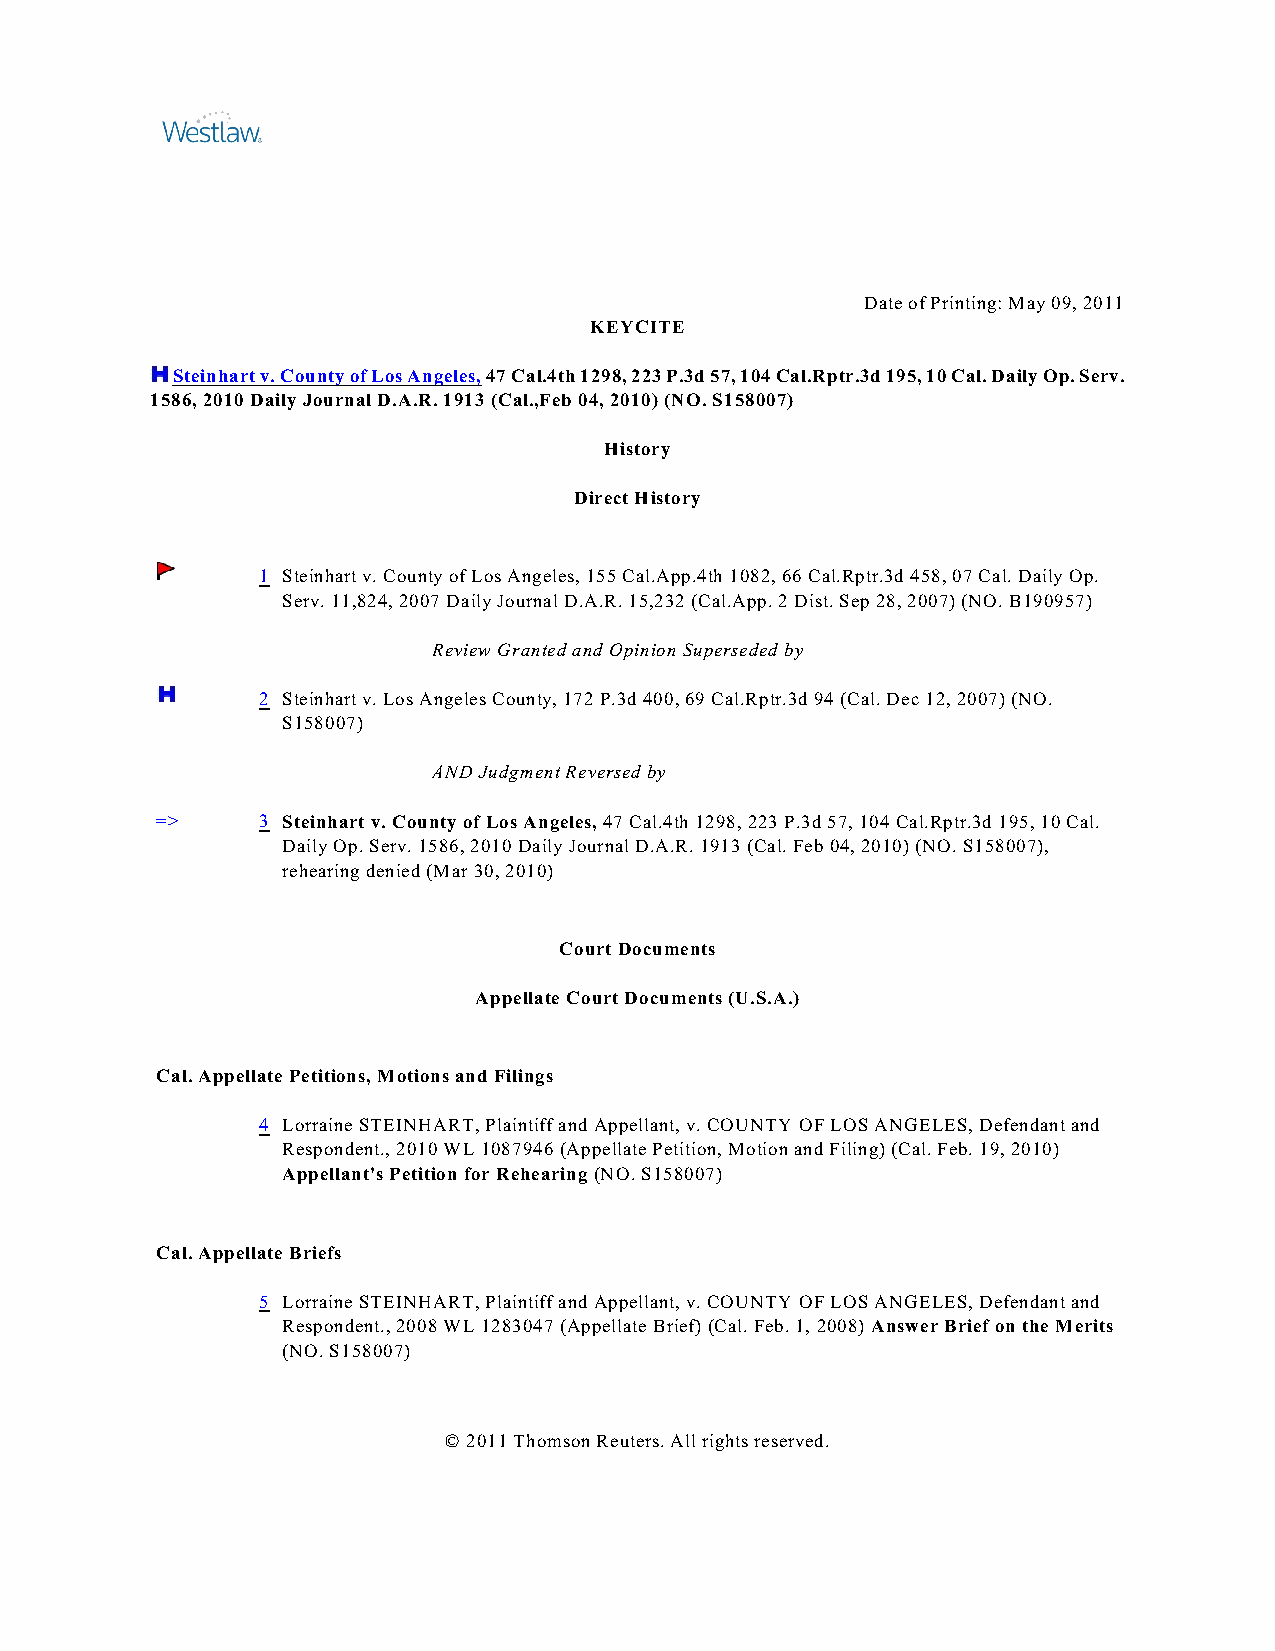
Date of Printing: May 09, 2011
 KEYCITE
 Steinhart v. County of Los Angeles, 47 Cal.4th 1298, 223 P.3d 57, 104 Cal.Rptr.3d 195, 10 Cal. Daily Op. Serv.
 1586, 2010 Daily Journal D.A.R. 1913 (Cal.,Feb 04, 2010) (NO. S158007)
 History
 Direct History
 1 Steinhart v. County of Los Angeles, 155 Cal.App.4th 1082, 66 Cal.Rptr.3d 458, 07 Cal. Daily Op.
 Serv. 11,824, 2007 Daily Journal D.A.R. 15,232 (Cal.App. 2 Dist. Sep 28, 2007) (NO. B190957)
 Review Granted and Opinion Superseded by
 2 Steinhart v. Los Angeles County, 172 P.3d 400, 69 Cal.Rptr.3d 94 (Cal. Dec 12, 2007) (NO.
 S158007)
 AND Judgment Reversed by
 =>     3 Steinhart v. County of Los Angeles, 47 Cal.4th 1298, 223 P.3d 57, 104 Cal.Rptr.3d 195, 10 Cal.
 Daily Op. Serv. 1586, 2010 Daily Journal D.A.R. 1913 (Cal. Feb 04, 2010) (NO. S158007),
 rehearing denied (Mar 30, 2010)
 Court Documents
 Appellate Court Documents (U.S.A.)
 Cal. Appellate Petitions, Motions and Filings
 4 Lorraine STEINHART, Plaintiff and Appellant, v. COUNTY OF LOS ANGELES, Defendant and
 Respondent., 2010 WL 1087946 (Appellate Petition, Motion and Filing) (Cal. Feb. 19, 2010)
 Appellant's Petition for Rehearing (NO. S158007)
 Cal. Appellate Briefs
 5 Lorraine STEINHART, Plaintiff and Appellant, v. COUNTY OF LOS ANGELES, Defendant and
 Respondent., 2008 WL 1283047 (Appellate Brief) (Cal. Feb. 1, 2008) Answer Brief on the Merits
 (NO. S158007)
 © 2011 Thomson Reuters. All rights reserved.